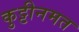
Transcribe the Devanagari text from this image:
कुट्टीनमत